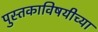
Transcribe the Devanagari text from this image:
पुस्तकाविषयीच्या